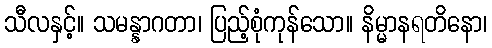
သီလနှင့်။ သမန္နာဂတာ၊ ပြည့်စုံကုန်သော။ နိမ္မာနရတိနော၊